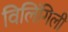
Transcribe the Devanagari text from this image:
विलिंगिली